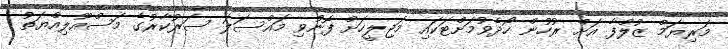
މަރިޔަމް ޒުލްފާ އަށް ރުހުން ހޯދެވުމަށްޓަކައި މަޖިލީހަށް ފޮނުވި މައްސަލަ ސަރުކާރުގެ މަސްއޫލިއްޔަތު